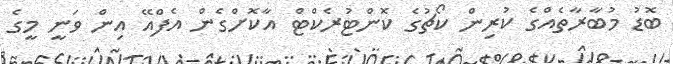
ބޮޑު މުބާރާތެއްގެ ކުރިން ކޯޗުގެ ކޮންޓުރެކްޓް އާކޮށްގެން އެފްއޭ އިން ވަނީ މީގެ